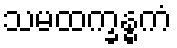
သမထက္ခန္ဓကံ